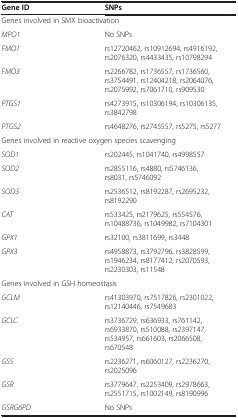
| Gene ID | SNPs |
 | --- | --- |
 | <COLSPAN=2> Genes involved in SMX bioactivation |
 | MPO1 | No SNPs |
 | FMO1 | rs12720462, rs10912694, rs4916192, rs2076320, rs4433435, rs10798294 |
 | FMO3 | rs2266782, rs1736557, rs1736560, rs3754491, rs12404218, rs2064076, rs2075992, rs7061710, rs909530 |
 | PTGS1 | rs4273915, rs10306194, rs10306135, rs3842798 |
 | PTGS2 | rs4648276, rs2745557, rs5275, rs5277 |
 | <COLSPAN=2> Genes involved in reactive oxygen species scavenging |
 | SOD1 | rs202445, rs1041740, rs4998557 |
 | SOD2 | rs2855116, rs4880, rs5746136, rs8031, rs5746092 |
 | SOD3 | rs2536512, rs8192287, rs2695232, rs8192290 |
 | CAT | rs533425, rs2179625, rs554576, rs10488736, rs1049982, rs7104301 |
 | GPX1 | rs32100, rs3811699, rs3448 |
 | GPX3 | rs4958873, rs3792796, rs3828599, rs1946234, rs8177412, rs2070593, rs2230303, rs11548 |
 | <COLSPAN=2> Genes involved in GSH homeostasis |
 | GCLM | rs41303970, rs7517826, rs2301022, rs12140446, rs7549683 |
 | GCLC | rs3736729, rs636933, rs761142, rs6933870, rs510088, rs2397147, rs534957, rs661603, rs2066508, rs670548 |
 | GSS | rs2236271, rs6060127, rs2236270, rs2025096 |
 | GSR | rs3779647, rs2253409, rs2978663, rs2551715, rs1002149, rs8190996 |
 | GSRG6PD | No SNPs |